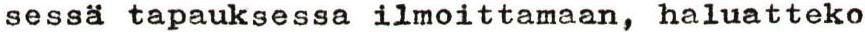
sessä tapauksessa ilmoittamaan, haluatteko